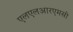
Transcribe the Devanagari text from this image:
एलएलआरएमसी